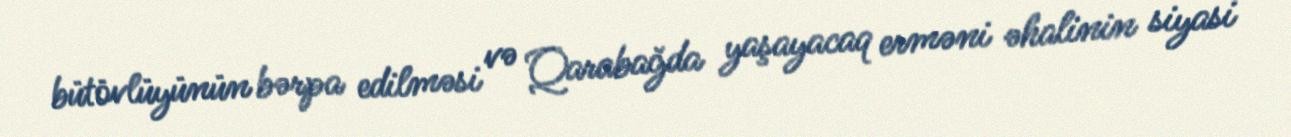
bütövlüyünün bərpa edilməsi və Qarabağda yaşayacaq erməni əhalinin siyasi